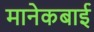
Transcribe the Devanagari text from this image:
मानेकबाई